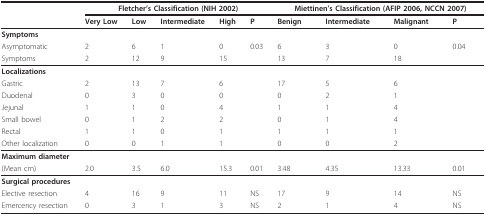
<table><thead><tr><td></td><td colspan="5"><b>Fletcher&#x27;s Classification (NIH 2002)</b></td><td colspan="4"><b>Miettinen&#x27;s Classification (AFIP 2006, NCCN 2007)</b></td></tr><tr><td></td><td><b>Very Low</b></td><td><b>Low</b></td><td><b>Intermediate</b></td><td><b>High</b></td><td><b>P</b></td><td><b>Benign</b></td><td><b>Intermediate</b></td><td><b>Malignant</b></td><td><b>P</b></td></tr></thead><tbody><tr><td><b>Symptoms</b></td><td></td><td></td><td></td><td></td><td></td><td></td><td></td><td></td><td></td></tr><tr><td>Asymptomatic</td><td>2</td><td>6</td><td>1</td><td>0</td><td>0.03</td><td>6</td><td>3</td><td>0</td><td>0.04</td></tr><tr><td>Symptoms</td><td>2</td><td>12</td><td>9</td><td>15</td><td></td><td>13</td><td>7</td><td>18</td><td></td></tr><tr><td><b>Localizations</b></td><td></td><td></td><td></td><td></td><td></td><td></td><td></td><td></td><td></td></tr><tr><td>Gastric</td><td>2</td><td>13</td><td>7</td><td>6</td><td></td><td>17</td><td>5</td><td>6</td><td></td></tr><tr><td>Duodenal</td><td>0</td><td>3</td><td>0</td><td>0</td><td></td><td>0</td><td>2</td><td>1</td><td></td></tr><tr><td>Jejunal</td><td>1</td><td>1</td><td>0</td><td>4</td><td></td><td>1</td><td>1</td><td>4</td><td></td></tr><tr><td>Small bowel</td><td>0</td><td>1</td><td>2</td><td>2</td><td></td><td>0</td><td>1</td><td>4</td><td></td></tr><tr><td>Rectal</td><td>1</td><td>1</td><td>0</td><td>1</td><td></td><td>1</td><td>1</td><td>1</td><td></td></tr><tr><td>Other localization</td><td>0</td><td>0</td><td>1</td><td>1</td><td></td><td>0</td><td>0</td><td>2</td><td></td></tr><tr><td><b>Maximum diameter</b></td><td></td><td></td><td></td><td></td><td></td><td></td><td></td><td></td><td></td></tr><tr><td>(Mean cm)</td><td>2.0</td><td>3.5</td><td>6.0</td><td>15.3</td><td>0.01</td><td>3.48</td><td>4.35</td><td>13.33</td><td>0.01</td></tr><tr><td><b>Surgical procedures</b></td><td></td><td></td><td></td><td></td><td></td><td></td><td></td><td></td><td></td></tr><tr><td>Elective resection</td><td>4</td><td>16</td><td>9</td><td>11</td><td>NS</td><td>17</td><td>9</td><td>14</td><td>NS</td></tr><tr><td>Emercency resection</td><td>0</td><td>3</td><td>1</td><td>3</td><td>NS</td><td>2</td><td>1</td><td>4</td><td>NS</td></tr></tbody></table>